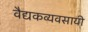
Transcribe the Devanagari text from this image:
वैद्यकव्यवसायी